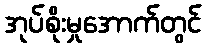
အုပ်စိုးမှုအောက်တွင်